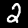
Label: 2